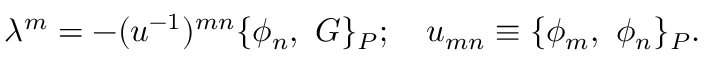
\lambda ^ { m } = - ( u ^ { - 1 } ) ^ { m n } \{ \phi _ { n } , \ G \} _ { P } ; \ \ \ u _ { m n } \equiv \{ \phi _ { m } , \ \phi _ { n } \} _ { P } .